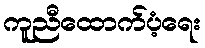
ကူညီထောက်ပံ့ရေး